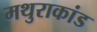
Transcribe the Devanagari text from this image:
मथुराकांड